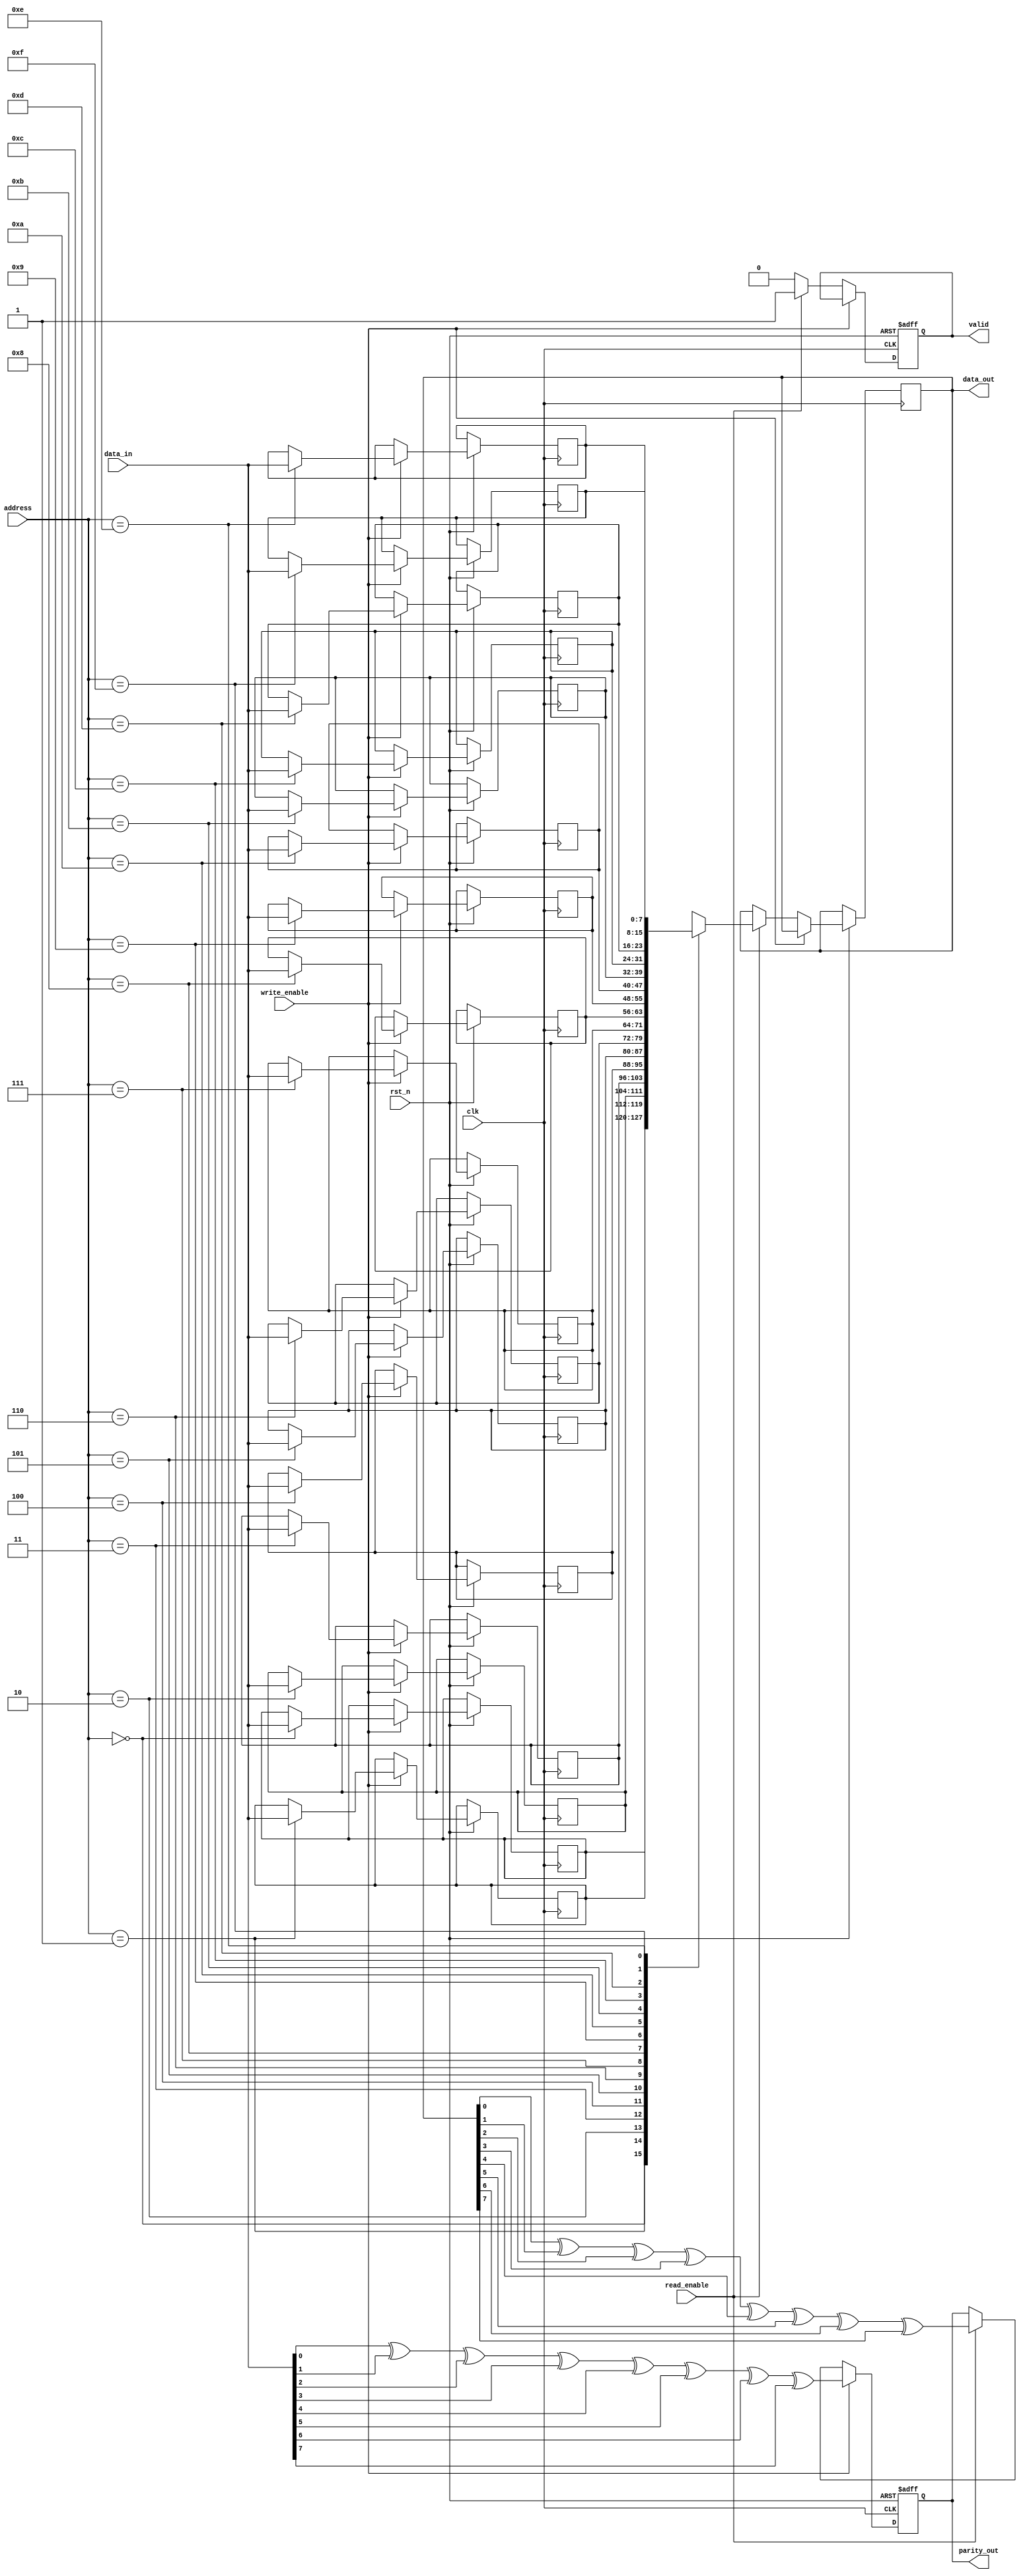
module FeRAM_IO_Block (
    input wire clk,                // Clock signal
    input wire rst_n,              // Active low reset
    input wire write_enable,       // Write enable signal
    input wire read_enable,        // Read enable signal
    input wire [7:0] data_in,      // Data input
    input wire [3:0] address,      // Address input
    output reg [7:0] data_out,     // Data output
    output reg parity_out,          // Parity output
    output reg valid                // Valid signal for data output
);

    // Internal signals
    reg [7:0] memory [0:15];       // Memory array (16 x 8 bits)
    reg [7:0] data_latch;          // Data latch for write operation
    reg [3:0] address_reg;         // Address register

    // Parity calculation
    function parity;
        input [7:0] data;
        integer i;
        begin
            parity = 0;
            for (i = 0; i < 8; i = i + 1) begin
                parity = parity ^ data[i];
            end
        end
    endfunction

    // Control logic for read and write operations
    always @(posedge clk or negedge rst_n) begin
        if (!rst_n) begin
            valid <= 0;
            parity_out <= 0;
        end else begin
            if (write_enable) begin
                // Write operation
                memory[address] <= data_in; // Write data to memory
                data_latch <= data_in;       // Latch the data
                parity_out <= parity(data_in); // Calculate parity
            end else if (read_enable) begin
                // Read operation
                data_out <= memory[address]; // Read data from memory
                valid <= 1;                  // Indicate valid data output
                parity_out <= parity(data_out); // Calculate parity for output data
            end else begin
                valid <= 0;                  // No valid data
            end
        end
    end

endmodule